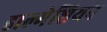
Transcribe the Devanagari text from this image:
डाल्मेशियन